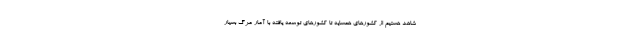
شاهد هستیم از کشورهای همسایه تا کشورهای توسعه یافته با آمار مرگ بسیار